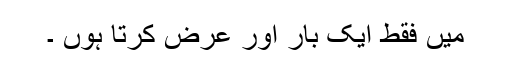
مَیں فقط ایک بار اَور عرض کرتا ہُوں ۔